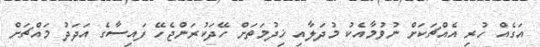
އަގެއް ހުރި އެއްޗަކަށް ނުވުމާއެކު މުދަލާއި ޚިދުމަތަށް ހޭދަކުރަންޖެހޭ ފައިސާގެ އަދަދު މައްޗަށް